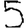
Digit: 5